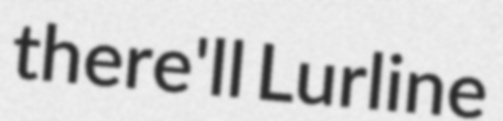
there'll Lurline